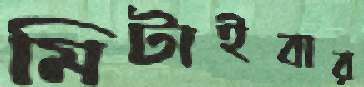
মিটাইবার